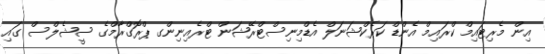
އިން މެރިޓައިމް ކްރައިމް އެންޑް ކަރެކްޝަނަލް އެޑްމިނިސްޓްރޭޝަން ޓްރެއިނިންގ ޕްރޮގްރާމްގެ ސީޝެލްސް ގައި